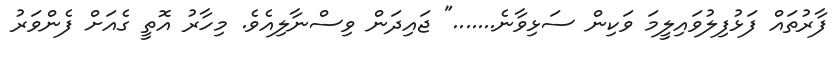
ފާރުތައް ފަޅުފިލުވައިލީމަ ވަކިން ސަޅިވާނެ......." ޖައިދަން ވިސްނާލިއެވެ. މިހާރު އޮތީ ގެއަށް ފެންވަރު